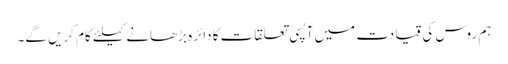
ہم روس کی قیادت میں آپسی تعلقات کا دائرہ بڑھانے کیلئے کام کریں گے۔